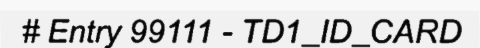
# Entry 99111 - TD1_ID_CARD